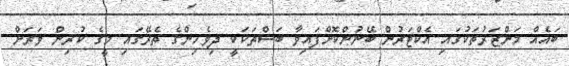
ބައެއް މަންޒަރުތަކުގައި އެކްޓަރުން ބޭނުންކޮށްފައިވާ ބަސްތަކަކީ ދިވެހިންގެ ތެރޭގައި މީގެ ކުރިން ވަރަށް